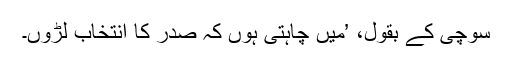
سوچی کے بقول، ’میں چاہتی ہوں کہ صدر کا انتخاب لڑوں۔